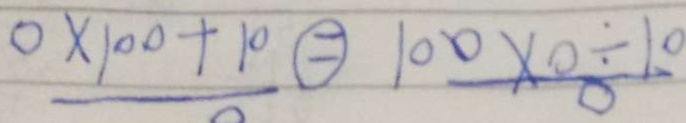
0 \times 1 0 0 + 1 0 \textcircled { = } 1 0 0 \times 0 \div 1 0